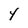
Character: 4